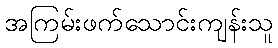
အကြမ်းဖက်သောင်းကျန်းသူ